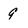
Character: 9